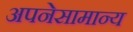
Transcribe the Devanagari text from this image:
अपनेसामान्य